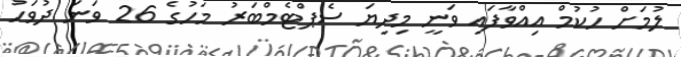
ލުމަށް ހުކުމް އިއްވާފައި ވަނީ މިދިޔަ ސެޕްޓެމްބަރު މަހުގެ 26 ވަނަ ދުވަހު